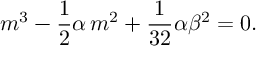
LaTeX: m ^ { 3 } - \frac { 1 } { 2 } \alpha \, m ^ { 2 } + \frac { 1 } { 3 2 } \alpha \beta ^ { 2 } = 0 .